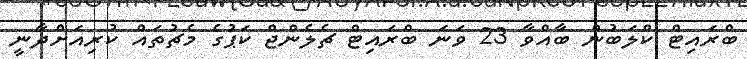
ބްރައިޓް ކްލަބުން ބާއްވާ 23 ވަނަ ބްރައިޓް ޗެލެންޖް ކަޕުގެ މެޗުތައް ކުރިއަށްދާނީ